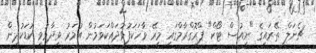
ޗެނަލް ތޭރައިގެ "ނިއުސް ޓޯކް" ޕްރޮގްރާމްގައި މިރޭ ވާހަކަފުޅުދައްކަވަމުން އުމަރު ވިދާޅުވީ ކުޑަކުދިން